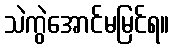
သဲကွဲအောင်မမြင်ရ။